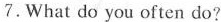
7.What do you often do?